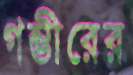
গম্ভীরের